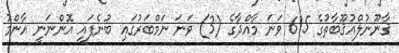
ޤާނޫނުލްއުޤޫބާތުގެ 615 ވަނަ މާއްދާގެ (3) ވަނަ ނަމްބަރުގައި ބުނެފައި އޮންނަނީ އާންމު